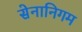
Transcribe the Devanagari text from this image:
सेनानिगम